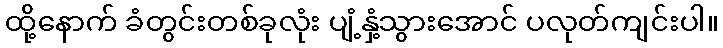
ထို့နောက် ခံတွင်းတစ်ခုလုံး ပျံ့နှံ့သွားအောင် ပလုတ်ကျင်းပါ။